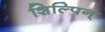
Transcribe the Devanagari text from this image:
शिल्पिन्